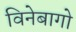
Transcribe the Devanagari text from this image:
विनेबागो